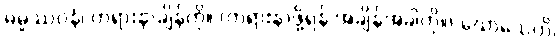
ဓမ္မဿဝနံ၊ တရားနာချိန်ကို။ (တရားနာဖို့ရန် အချိန်အခါကို။) ဃောသေတိ၊